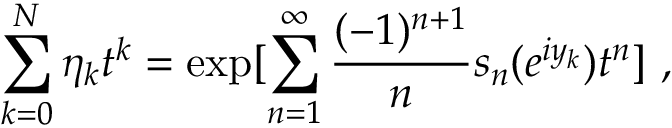
\sum _ { k = 0 } ^ { N } \eta _ { k } t ^ { k } = \exp [ \sum _ { n = 1 } ^ { \infty } \frac { ( - 1 ) ^ { n + 1 } } { n } s _ { n } ( e ^ { i y _ { k } } ) t ^ { n } ] \ ,